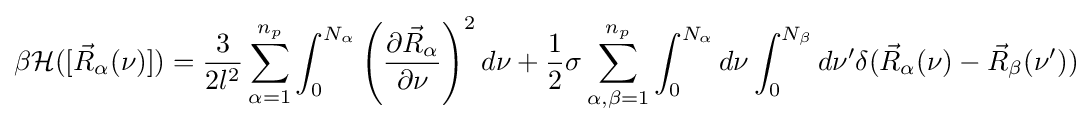
\displaystyle \beta {\mathcal {H}}([{\vec {R}}_{\alpha }(\nu )])={\frac {3}{2l^{2}}}\sum _{\alpha =1}^{n_{p}}\int _{0}^{N_{\alpha }}\left({\frac {\partial {\vec {R}}_{\alpha }}{\partial \nu }}\right)^{2}d\nu +{\frac {1}{2}}\sigma \sum _{\alpha ,\beta =1}^{n_{p}}\int _{0}^{N_{\alpha }}d\nu \int _{0}^{N_{\beta }}d\nu '\delta ({\vec {R}}_{\alpha }(\nu )-{\vec {R}}_{\beta }(\nu '))